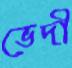
ভেদী